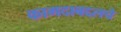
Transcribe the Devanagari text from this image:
कागदाबद्दलचे